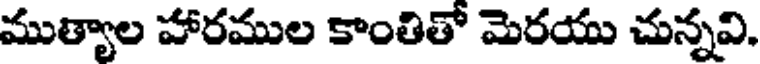
ముత్యాల హారముల కాంతితో మెరయు చున్నవి.